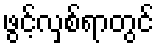
ဖွင့်လှစ်ရာတွင်